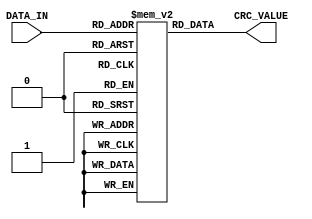
`timescale 1ns / 1ps
//////////////////////////////////////////////////////////////////////////////////
// Company: 
// Engineer: 
// 
// Design Name: 
// Module Name: lut_08
// Project Name: 
// Target Devices: 
// Tool Versions: 
// Description: 
// 
// Dependencies: 
// 
// Revision:
// Revision 0.01 - File Created
// Additional Comments:
// 
//////////////////////////////////////////////////////////////////////////////////


module lut_08(
    input [7:0] DATA_IN,
    output [31:0] CRC_VALUE
    );
    
    
    reg [31:0] rom[255:0];
    assign CRC_VALUE = rom[DATA_IN];
    
    initial
    begin
        rom[0] <= 32'h00000000;
        rom[1] <= 32'h5ba1dcca;
        rom[2] <= 32'hb743b994;
        rom[3] <= 32'hece2655e;
        rom[4] <= 32'h6a466e9f;
        rom[5] <= 32'h31e7b255;
        rom[6] <= 32'hdd05d70b;
        rom[7] <= 32'h86a40bc1;
        rom[8] <= 32'hd48cdd3e;
        rom[9] <= 32'h8f2d01f4;
        rom[10] <= 32'h63cf64aa;
        rom[11] <= 32'h386eb860;
        rom[12] <= 32'hbecab3a1;
        rom[13] <= 32'he56b6f6b;
        rom[14] <= 32'h09890a35;
        rom[15] <= 32'h5228d6ff;
        rom[16] <= 32'hadd8a7cb;
        rom[17] <= 32'hf6797b01;
        rom[18] <= 32'h1a9b1e5f;
        rom[19] <= 32'h413ac295;
        rom[20] <= 32'hc79ec954;
        rom[21] <= 32'h9c3f159e;
        rom[22] <= 32'h70dd70c0;
        rom[23] <= 32'h2b7cac0a;
        rom[24] <= 32'h79547af5;
        rom[25] <= 32'h22f5a63f;
        rom[26] <= 32'hce17c361;
        rom[27] <= 32'h95b61fab;
        rom[28] <= 32'h1312146a;
        rom[29] <= 32'h48b3c8a0;
        rom[30] <= 32'ha451adfe;
        rom[31] <= 32'hfff07134;
        rom[32] <= 32'h5f705221;
        rom[33] <= 32'h04d18eeb;
        rom[34] <= 32'he833ebb5;
        rom[35] <= 32'hb392377f;
        rom[36] <= 32'h35363cbe;
        rom[37] <= 32'h6e97e074;
        rom[38] <= 32'h8275852a;
        rom[39] <= 32'hd9d459e0;
        rom[40] <= 32'h8bfc8f1f;
        rom[41] <= 32'hd05d53d5;
        rom[42] <= 32'h3cbf368b;
        rom[43] <= 32'h671eea41;
        rom[44] <= 32'he1bae180;
        rom[45] <= 32'hba1b3d4a;
        rom[46] <= 32'h56f95814;
        rom[47] <= 32'h0d5884de;
        rom[48] <= 32'hf2a8f5ea;
        rom[49] <= 32'ha9092920;
        rom[50] <= 32'h45eb4c7e;
        rom[51] <= 32'h1e4a90b4;
        rom[52] <= 32'h98ee9b75;
        rom[53] <= 32'hc34f47bf;
        rom[54] <= 32'h2fad22e1;
        rom[55] <= 32'h740cfe2b;
        rom[56] <= 32'h262428d4;
        rom[57] <= 32'h7d85f41e;
        rom[58] <= 32'h91679140;
        rom[59] <= 32'hcac64d8a;
        rom[60] <= 32'h4c62464b;
        rom[61] <= 32'h17c39a81;
        rom[62] <= 32'hfb21ffdf;
        rom[63] <= 32'ha0802315;
        rom[64] <= 32'hbee0a442;
        rom[65] <= 32'he5417888;
        rom[66] <= 32'h09a31dd6;
        rom[67] <= 32'h5202c11c;
        rom[68] <= 32'hd4a6cadd;
        rom[69] <= 32'h8f071617;
        rom[70] <= 32'h63e57349;
        rom[71] <= 32'h3844af83;
        rom[72] <= 32'h6a6c797c;
        rom[73] <= 32'h31cda5b6;
        rom[74] <= 32'hdd2fc0e8;
        rom[75] <= 32'h868e1c22;
        rom[76] <= 32'h002a17e3;
        rom[77] <= 32'h5b8bcb29;
        rom[78] <= 32'hb769ae77;
        rom[79] <= 32'hecc872bd;
        rom[80] <= 32'h13380389;
        rom[81] <= 32'h4899df43;
        rom[82] <= 32'ha47bba1d;
        rom[83] <= 32'hffda66d7;
        rom[84] <= 32'h797e6d16;
        rom[85] <= 32'h22dfb1dc;
        rom[86] <= 32'hce3dd482;
        rom[87] <= 32'h959c0848;
        rom[88] <= 32'hc7b4deb7;
        rom[89] <= 32'h9c15027d;
        rom[90] <= 32'h70f76723;
        rom[91] <= 32'h2b56bbe9;
        rom[92] <= 32'hadf2b028;
        rom[93] <= 32'hf6536ce2;
        rom[94] <= 32'h1ab109bc;
        rom[95] <= 32'h4110d576;
        rom[96] <= 32'he190f663;
        rom[97] <= 32'hba312aa9;
        rom[98] <= 32'h56d34ff7;
        rom[99] <= 32'h0d72933d;
        rom[100] <= 32'h8bd698fc;
        rom[101] <= 32'hd0774436;
        rom[102] <= 32'h3c952168;
        rom[103] <= 32'h6734fda2;
        rom[104] <= 32'h351c2b5d;
        rom[105] <= 32'h6ebdf797;
        rom[106] <= 32'h825f92c9;
        rom[107] <= 32'hd9fe4e03;
        rom[108] <= 32'h5f5a45c2;
        rom[109] <= 32'h04fb9908;
        rom[110] <= 32'he819fc56;
        rom[111] <= 32'hb3b8209c;
        rom[112] <= 32'h4c4851a8;
        rom[113] <= 32'h17e98d62;
        rom[114] <= 32'hfb0be83c;
        rom[115] <= 32'ha0aa34f6;
        rom[116] <= 32'h260e3f37;
        rom[117] <= 32'h7dafe3fd;
        rom[118] <= 32'h914d86a3;
        rom[119] <= 32'hcaec5a69;
        rom[120] <= 32'h98c48c96;
        rom[121] <= 32'hc365505c;
        rom[122] <= 32'h2f873502;
        rom[123] <= 32'h7426e9c8;
        rom[124] <= 32'hf282e209;
        rom[125] <= 32'ha9233ec3;
        rom[126] <= 32'h45c15b9d;
        rom[127] <= 32'h1e608757;
        rom[128] <= 32'h79005533;
        rom[129] <= 32'h22a189f9;
        rom[130] <= 32'hce43eca7;
        rom[131] <= 32'h95e2306d;
        rom[132] <= 32'h13463bac;
        rom[133] <= 32'h48e7e766;
        rom[134] <= 32'ha4058238;
        rom[135] <= 32'hffa45ef2;
        rom[136] <= 32'had8c880d;
        rom[137] <= 32'hf62d54c7;
        rom[138] <= 32'h1acf3199;
        rom[139] <= 32'h416eed53;
        rom[140] <= 32'hc7cae692;
        rom[141] <= 32'h9c6b3a58;
        rom[142] <= 32'h70895f06;
        rom[143] <= 32'h2b2883cc;
        rom[144] <= 32'hd4d8f2f8;
        rom[145] <= 32'h8f792e32;
        rom[146] <= 32'h639b4b6c;
        rom[147] <= 32'h383a97a6;
        rom[148] <= 32'hbe9e9c67;
        rom[149] <= 32'he53f40ad;
        rom[150] <= 32'h09dd25f3;
        rom[151] <= 32'h527cf939;
        rom[152] <= 32'h00542fc6;
        rom[153] <= 32'h5bf5f30c;
        rom[154] <= 32'hb7179652;
        rom[155] <= 32'hecb64a98;
        rom[156] <= 32'h6a124159;
        rom[157] <= 32'h31b39d93;
        rom[158] <= 32'hdd51f8cd;
        rom[159] <= 32'h86f02407;
        rom[160] <= 32'h26700712;
        rom[161] <= 32'h7dd1dbd8;
        rom[162] <= 32'h9133be86;
        rom[163] <= 32'hca92624c;
        rom[164] <= 32'h4c36698d;
        rom[165] <= 32'h1797b547;
        rom[166] <= 32'hfb75d019;
        rom[167] <= 32'ha0d40cd3;
        rom[168] <= 32'hf2fcda2c;
        rom[169] <= 32'ha95d06e6;
        rom[170] <= 32'h45bf63b8;
        rom[171] <= 32'h1e1ebf72;
        rom[172] <= 32'h98bab4b3;
        rom[173] <= 32'hc31b6879;
        rom[174] <= 32'h2ff90d27;
        rom[175] <= 32'h7458d1ed;
        rom[176] <= 32'h8ba8a0d9;
        rom[177] <= 32'hd0097c13;
        rom[178] <= 32'h3ceb194d;
        rom[179] <= 32'h674ac587;
        rom[180] <= 32'he1eece46;
        rom[181] <= 32'hba4f128c;
        rom[182] <= 32'h56ad77d2;
        rom[183] <= 32'h0d0cab18;
        rom[184] <= 32'h5f247de7;
        rom[185] <= 32'h0485a12d;
        rom[186] <= 32'he867c473;
        rom[187] <= 32'hb3c618b9;
        rom[188] <= 32'h35621378;
        rom[189] <= 32'h6ec3cfb2;
        rom[190] <= 32'h8221aaec;
        rom[191] <= 32'hd9807626;
        rom[192] <= 32'hc7e0f171;
        rom[193] <= 32'h9c412dbb;
        rom[194] <= 32'h70a348e5;
        rom[195] <= 32'h2b02942f;
        rom[196] <= 32'hada69fee;
        rom[197] <= 32'hf6074324;
        rom[198] <= 32'h1ae5267a;
        rom[199] <= 32'h4144fab0;
        rom[200] <= 32'h136c2c4f;
        rom[201] <= 32'h48cdf085;
        rom[202] <= 32'ha42f95db;
        rom[203] <= 32'hff8e4911;
        rom[204] <= 32'h792a42d0;
        rom[205] <= 32'h228b9e1a;
        rom[206] <= 32'hce69fb44;
        rom[207] <= 32'h95c8278e;
        rom[208] <= 32'h6a3856ba;
        rom[209] <= 32'h31998a70;
        rom[210] <= 32'hdd7bef2e;
        rom[211] <= 32'h86da33e4;
        rom[212] <= 32'h007e3825;
        rom[213] <= 32'h5bdfe4ef;
        rom[214] <= 32'hb73d81b1;
        rom[215] <= 32'hec9c5d7b;
        rom[216] <= 32'hbeb48b84;
        rom[217] <= 32'he515574e;
        rom[218] <= 32'h09f73210;
        rom[219] <= 32'h5256eeda;
        rom[220] <= 32'hd4f2e51b;
        rom[221] <= 32'h8f5339d1;
        rom[222] <= 32'h63b15c8f;
        rom[223] <= 32'h38108045;
        rom[224] <= 32'h9890a350;
        rom[225] <= 32'hc3317f9a;
        rom[226] <= 32'h2fd31ac4;
        rom[227] <= 32'h7472c60e;
        rom[228] <= 32'hf2d6cdcf;
        rom[229] <= 32'ha9771105;
        rom[230] <= 32'h4595745b;
        rom[231] <= 32'h1e34a891;
        rom[232] <= 32'h4c1c7e6e;
        rom[233] <= 32'h17bda2a4;
        rom[234] <= 32'hfb5fc7fa;
        rom[235] <= 32'ha0fe1b30;
        rom[236] <= 32'h265a10f1;
        rom[237] <= 32'h7dfbcc3b;
        rom[238] <= 32'h9119a965;
        rom[239] <= 32'hcab875af;
        rom[240] <= 32'h3548049b;
        rom[241] <= 32'h6ee9d851;
        rom[242] <= 32'h820bbd0f;
        rom[243] <= 32'hd9aa61c5;
        rom[244] <= 32'h5f0e6a04;
        rom[245] <= 32'h04afb6ce;
        rom[246] <= 32'he84dd390;
        rom[247] <= 32'hb3ec0f5a;
        rom[248] <= 32'he1c4d9a5;
        rom[249] <= 32'hba65056f;
        rom[250] <= 32'h56876031;
        rom[251] <= 32'h0d26bcfb;
        rom[252] <= 32'h8b82b73a;
        rom[253] <= 32'hd0236bf0;
        rom[254] <= 32'h3cc10eae;
        rom[255] <= 32'h6760d264;
    end
    
endmodule